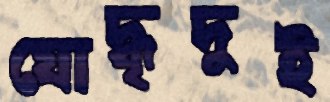
যোদ্ধৃদুই